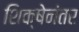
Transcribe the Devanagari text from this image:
शिक्षेनंतर